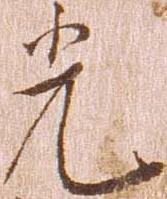
光